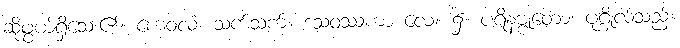
ဆိုဖွယ်ရှိသေး၏။ ကေဝလံ၊ သက်သက်။ ဒသဝဿကာ လေ။ ၌။ ပရိနဗ္ဗုတော၊ ပုဂ္ဂိုလ်သည်။